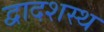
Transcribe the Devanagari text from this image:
द्वादशस्थ